Source: Handwritten
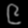
Digit: ၉ (9)